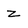
Character: z